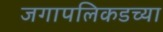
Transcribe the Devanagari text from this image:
जगापलिकडच्या